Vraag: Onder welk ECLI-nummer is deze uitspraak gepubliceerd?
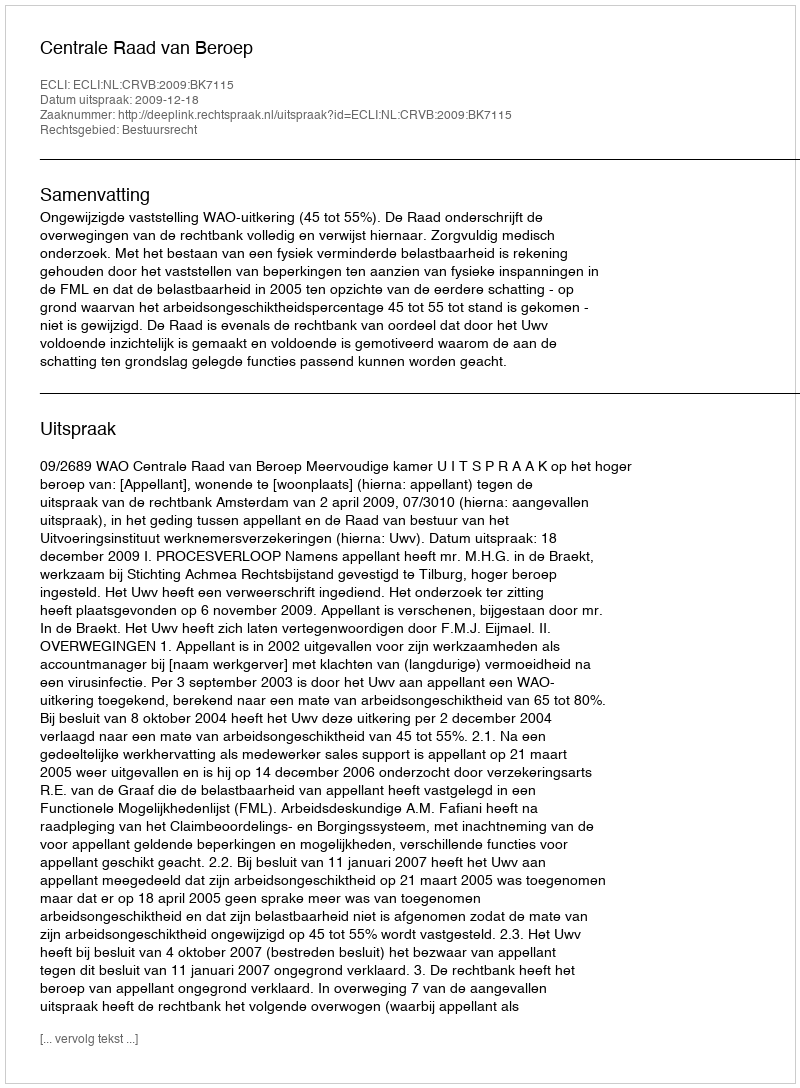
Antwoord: ECLI:NL:CRVB:2009:BK7115